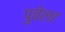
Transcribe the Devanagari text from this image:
पुवेला